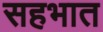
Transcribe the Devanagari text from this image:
सहभात